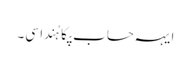
ایہہ حساب پکا ہُندا سی۔